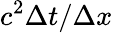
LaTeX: c^{2}\Delta t/\Delta x